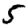
Digit: 5